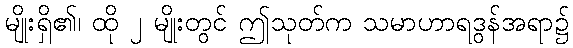
မျိုးရှိ၏၊ ထို ၂ မျိုးတွင် ဤသုတ်က သမာဟာရဒွန်အရာ၌